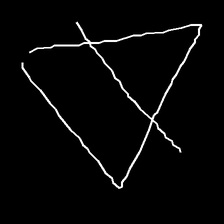
Glyph: empower